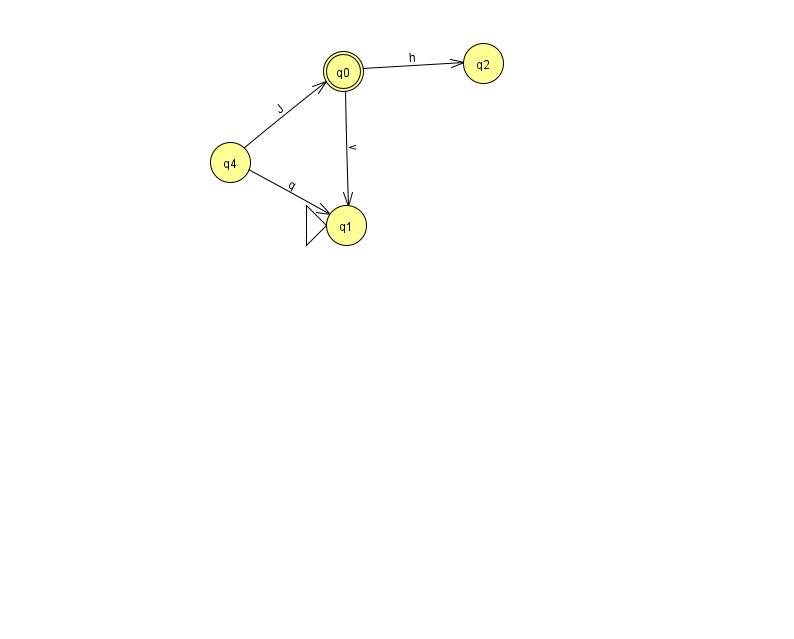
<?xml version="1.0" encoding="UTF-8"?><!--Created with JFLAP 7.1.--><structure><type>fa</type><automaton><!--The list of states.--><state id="0" name="q0"><x>343.0</x><y>58.0</y><final/></state><state id="1" name="q1"><x>346.0</x><y>212.0</y><initial/></state><state id="2" name="q2"><x>483.0</x><y>50.0</y></state><state id="4" name="q4"><x>230.0</x><y>149.0</y></state><!--The list of transitions.--><transition><from>0</from><to>1</to><read>v</read></transition><transition><from>4</from><to>0</to><read>J</read></transition><transition><from>0</from><to>2</to><read>h</read></transition><transition><from>4</from><to>1</to><read>q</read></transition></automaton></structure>